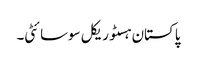
پاکستان ہسٹوریکل سوسائٹی۔